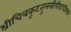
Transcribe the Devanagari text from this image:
श्रीचित्रकूटतुलसीपीठाधीश्वर